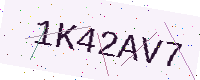
Text: 1K42AV7